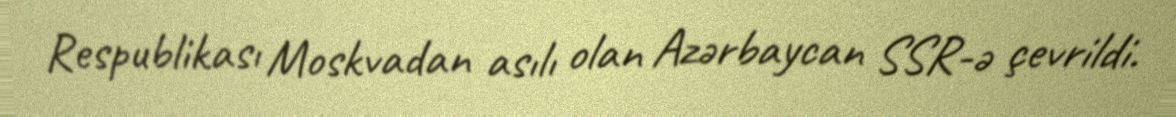
Respublikası Moskvadan asılı olan Azərbaycan SSR-ə çevrildi.